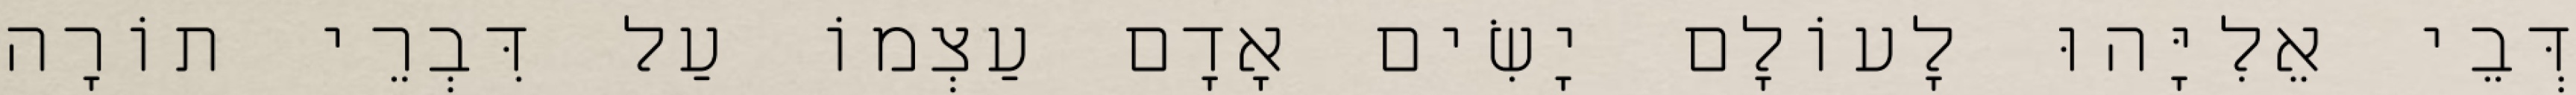
דְּבֵי אֵלִיָּהוּ לָעוֹלָם יָשִׂים אָדָם עַצְמוֹ עַל דִּבְרֵי תוֹרָה